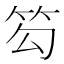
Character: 𥬉